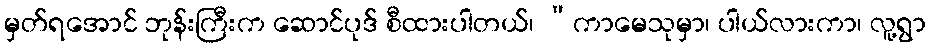
မှတ်ရအောင် ဘုန်းကြီးက ဆောင်ပုဒ် စီထားပါတယ်၊ “ကာမေသုမှာ၊ ပါယ်လားကာ၊ လူ့ရွာ